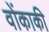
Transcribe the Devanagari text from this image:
वोंकाकी